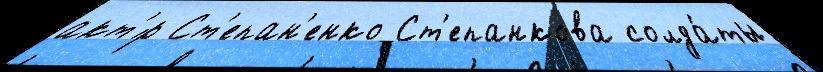
акт'́р Ст'епан'енко Ст'епанкова солда́ты